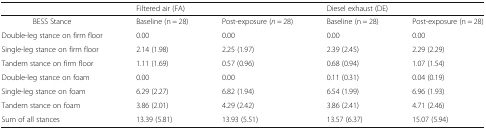
<table><thead><tr><td></td><td colspan="2"><b>Filtered air (FA)</b></td><td colspan="2"><b>Diesel exhaust (DE)</b></td></tr></thead><tbody><tr><td>BESS Stance</td><td>Baseline (n = 28)</td><td>Post-exposure (<i>n</i> = 28)</td><td>Baseline (n = 28)</td><td>Post-exposure (n = 28)</td></tr><tr><td>Double-leg stance on firm floor</td><td>0.00</td><td>0.00</td><td>0.00</td><td>0.00</td></tr><tr><td>Single-leg stance on firm floor</td><td>2.14 (1.98)</td><td>2.25 (1.97)</td><td>2.39 (2.45)</td><td>2.29 (2.29)</td></tr><tr><td>Tandem stance on firm floor</td><td>1.11 (1.69)</td><td>0.57 (0.96)</td><td>0.68 (0.94)</td><td>1.07 (1.54)</td></tr><tr><td>Double-leg stance on foam</td><td>0.00</td><td>0.00</td><td>0.11 (0.31)</td><td>0.04 (0.19)</td></tr><tr><td>Single-leg stance on foam</td><td>6.29 (2.27)</td><td>6.82 (1.94)</td><td>6.54 (1.99)</td><td>6.96 (1.93)</td></tr><tr><td>Tandem stance on foam</td><td>3.86 (2.01)</td><td>4.29 (2.42)</td><td>3.86 (2.41)</td><td>4.71 (2.46)</td></tr><tr><td>Sum of all stances</td><td>13.39 (5.81)</td><td>13.93 (5.51)</td><td>13.57 (6.37)</td><td>15.07 (5.94)</td></tr></tbody></table>